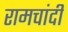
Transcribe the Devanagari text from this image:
रामचांदी